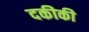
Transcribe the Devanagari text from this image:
दकीकी